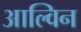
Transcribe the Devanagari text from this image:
आल्विन